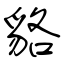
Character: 貉